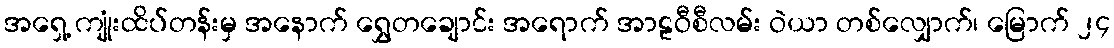
အရှေ့ ကျုံးထိပ်တန်းမှ အနောက် ရွှေတချောင်း အရောက် အာဠဝီစီလမ်း ဝဲယာ တစ်လျှောက်၊ မြောက် ၂၄